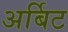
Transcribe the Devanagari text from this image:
अर्बिट